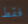
فقط